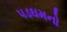
પડઘમનો